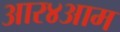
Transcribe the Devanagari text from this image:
आर४आम